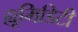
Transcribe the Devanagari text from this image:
ह्यूमिडिटी